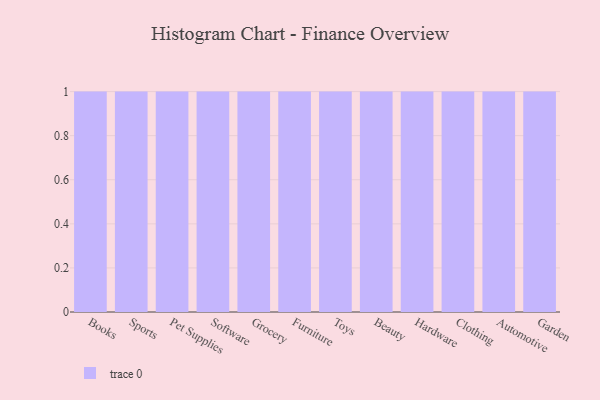
{"axis": {"x": "Category", "y": "LTV (USD)"}, "legend": [""], "data": [{"x": "Books", "y": 33, "type": ""}, {"x": "Sports", "y": 65, "type": ""}, {"x": "Pet Supplies", "y": 65, "type": ""}, {"x": "Software", "y": 2, "type": ""}, {"x": "Grocery", "y": 52, "type": ""}, {"x": "Furniture", "y": 99, "type": ""}, {"x": "Toys", "y": 12, "type": ""}, {"x": "Beauty", "y": 95, "type": ""}, {"x": "Hardware", "y": 1, "type": ""}, {"x": "Clothing", "y": 84, "type": ""}, {"x": "Automotive", "y": 86, "type": ""}, {"x": "Garden", "y": 9, "type": ""}]}